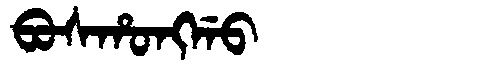
Manchu: ᠪᠣᠰᡥᠣᠩᡤᠣ
Romanization: BOSHONGGO